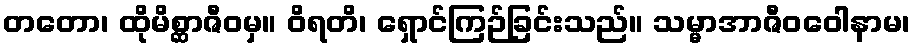
တတော၊ ထိုမိစ္ဆာဇီဝမှ။ ဝိရတိ၊ ရှောင်ကြဉ်ခြင်းသည်။ သမ္မာအာဇီဝဝေါနာမ၊